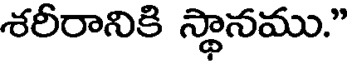
శరీరానికి స్థానము."